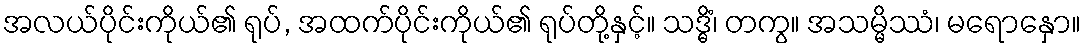
အလယ်ပိုင်းကိုယ်၏ ရုပ်, အထက်ပိုင်းကိုယ်၏ ရုပ်တို့နှင့်။ သဒ္ဓိံ၊ တကွ။ အသမ္မိဿံ၊ မရောနှော။